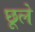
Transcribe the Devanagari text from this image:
छूले